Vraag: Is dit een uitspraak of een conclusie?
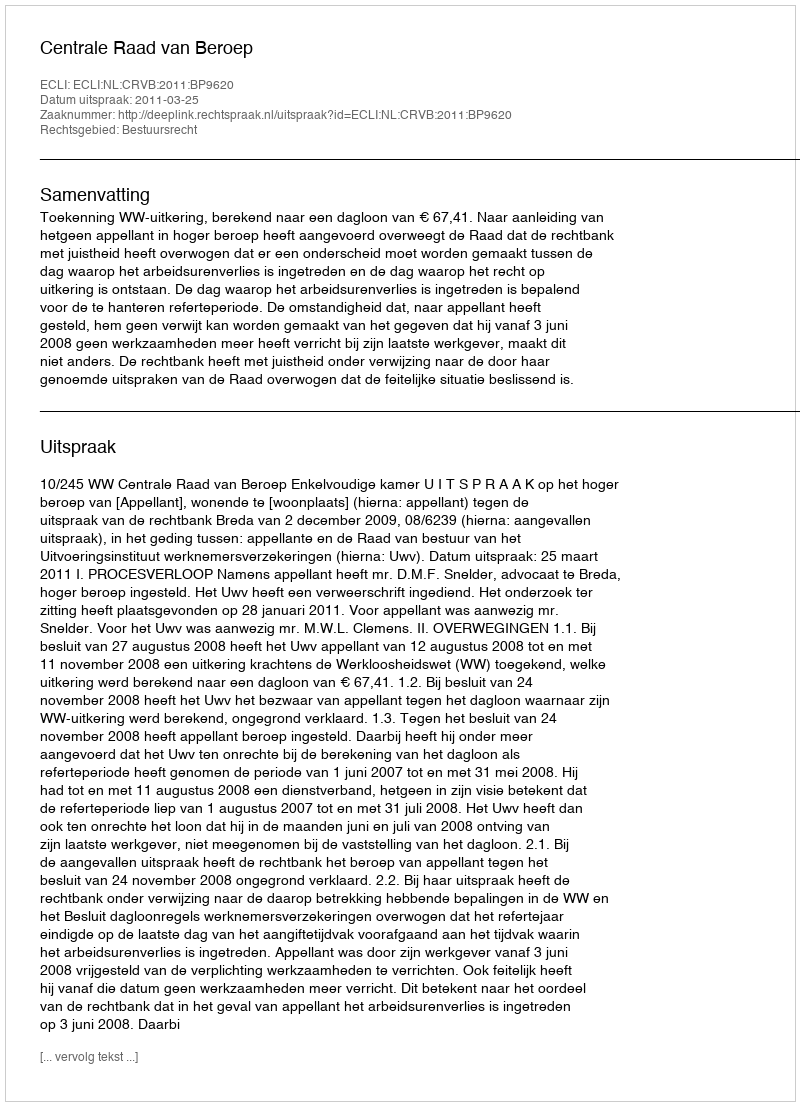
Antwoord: Uitspraak